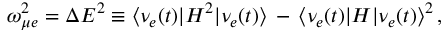
\omega _ { \mu e } ^ { 2 } = \Delta E ^ { 2 } \equiv \langle \nu _ { e } ( t ) | H ^ { 2 } | \nu _ { e } ( t ) \rangle \, - \, \langle \nu _ { e } ( t ) | H | \nu _ { e } ( t ) \rangle ^ { 2 } \, ,